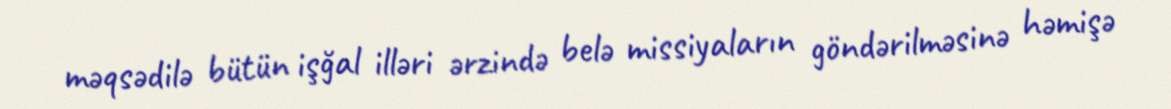
məqsədilə bütün işğal illəri ərzində belə missiyaların göndərilməsinə həmişə